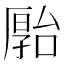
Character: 𪠗